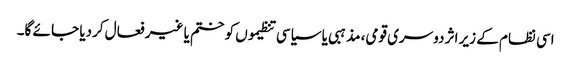
اسی نظام کے زیر اثر دوسری قومی، مذہبی یا سیاسی تنظیموں کو ختم یا غیر فعال کردیا جا ئے گا۔